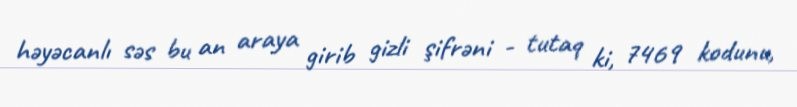
həyəcanlı səs bu an araya girib gizli şifrəni - tutaq ki, 7469 kodunu,